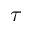
\tau